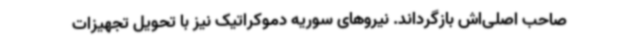
صاحب اصلی‌اش بازگرداند. نیروهای سوریه دموکراتیک نیز با تحویل تجهیزات